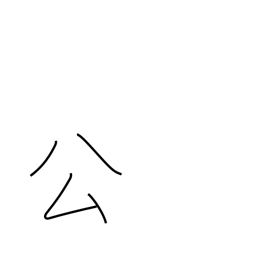
Meaning: governmental